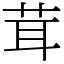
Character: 茸